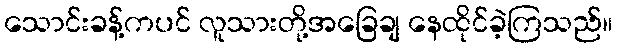
သောင်းခန့်ကပင် လူသားတို့အခြေချ နေထိုင်ခဲ့ကြသည်။